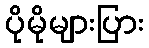
ပိုမိုများပြား